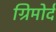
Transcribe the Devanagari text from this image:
ग्रिमोर्द